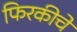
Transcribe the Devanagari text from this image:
फिरकीचे